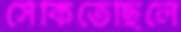
সেঁকিতেছিলে